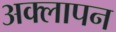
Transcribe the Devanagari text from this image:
अक्लापन